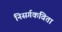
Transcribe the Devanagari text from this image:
निसर्गकविता